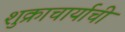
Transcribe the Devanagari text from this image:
शुक्राचार्याची